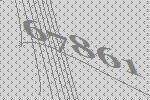
67861